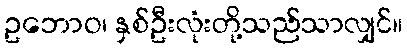
ဥဘောဝ၊ နှစ်ဦးလုံးတို့သည်သာလျှင်။